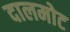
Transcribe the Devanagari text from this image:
दालमोट